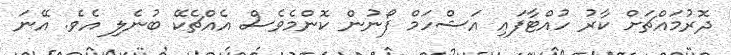
ދޮރުމައްޗަށް ކާރު ހުއްޓާފައި އަޝްހަމް ފޯނުން ކޮންމެވެސް އެއްޗެކޭ ބުނެލި އެވެ. އޭނަ